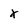
Character: x